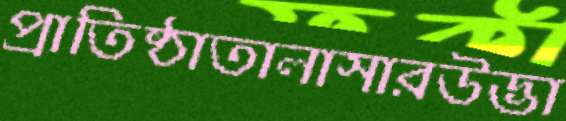
প্রাতিষ্ঠাতালাসারউদ্ভা